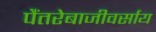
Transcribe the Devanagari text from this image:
पैंतरेबाजीवर्साय